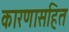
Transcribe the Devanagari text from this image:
कारणासहित